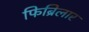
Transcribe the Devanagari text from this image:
फिब्रिलार